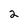
Character: 2